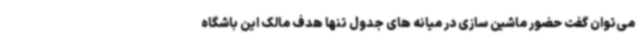
می‌توان گفت حضور ماشین سازی در میانه های جدول تنها هدف مالک این باشگاه